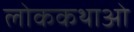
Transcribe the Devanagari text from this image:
लोककथाओ